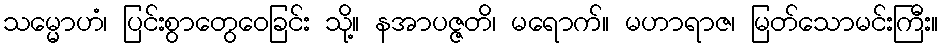
သမ္မောဟံ၊ ပြင်းစွာတွေဝေခြင်း သို့။ နအာပဇ္ဇတိ၊ မရောက်။ မဟာရာဇ၊ မြတ်သောမင်းကြီး။